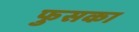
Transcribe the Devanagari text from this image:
फुसका